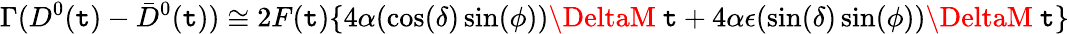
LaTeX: \Gamma(D^{0}(\mathtt{t})-\bar{{D}}^{0}(\mathtt{t}))\cong2F(\mathtt{t})\{ 4\alpha(\cos(\delta)\sin(\phi))\DeltaM~\mathtt{t}+4\alpha\epsilon(\sin(\delta)\sin(\phi))\DeltaM~\mathtt{t}\}